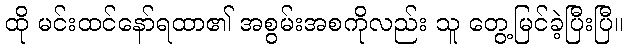
ထို မင်းထင်နော်ရထာ၏ အစွမ်းအစကိုလည်း သူ တွေ့မြင်ခဲ့ပြီးပြီ။